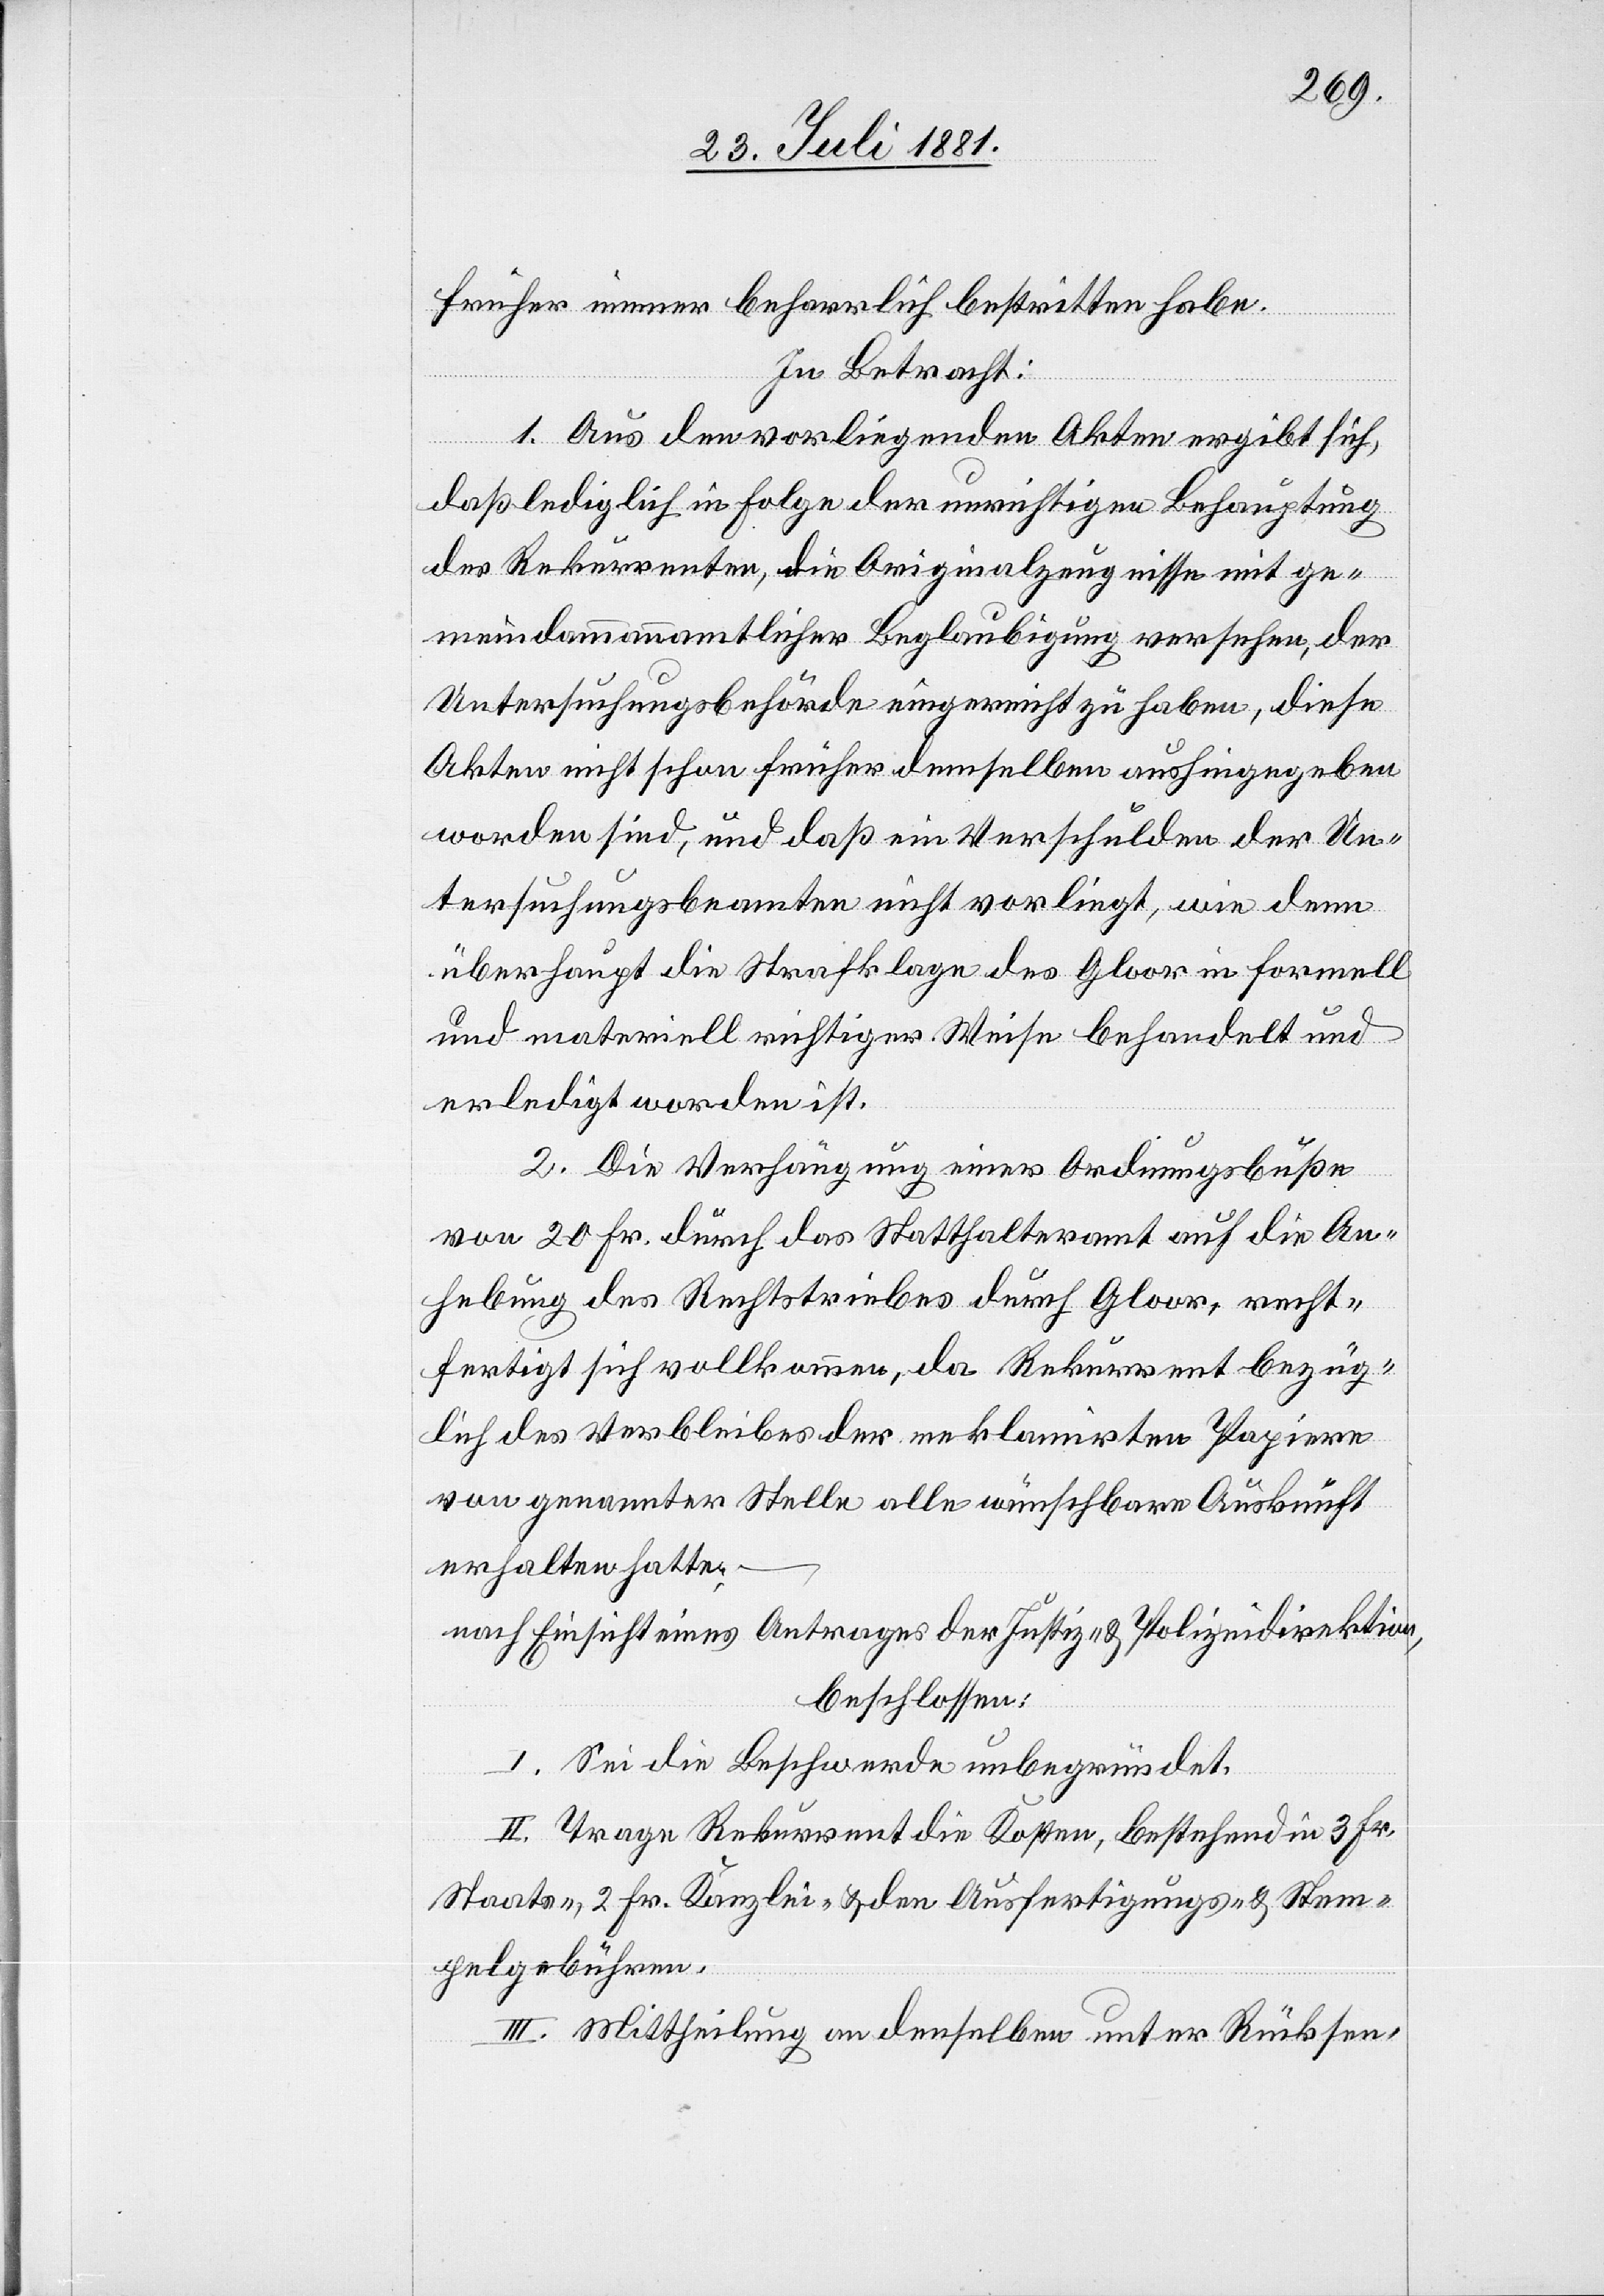
früher immer beharrlich bestritten habe.
In Betracht:
1. Aus den vorliegenden Akten ergibt sich,
daß lediglich in Folge der unrichtigen Behauptungen
des Rekurrenten, die Originalzeugnisse mit ge¬
meindammannamtlicher Beglaubigung versehen, der
Untersuchungsbehörde eingereicht zu haben, diese
Akten nicht schon früher demselben aushingegeben
worden sind, und daß ein Verschulden der Un¬
tersuchungsbeamten nicht vorliegt, wie denn
überhaupt die Strafklage des Gloor in formell
und materiell richtiger Weise behandelt und
erledigt worden ist.
2. Die Verhängung einer Ordnungsbuße
von 20 Fr. durch das Statthalteramt auf die An¬
hebung des Rechtstriebes durch Gloor, recht¬
fertigt sich vollkommen, da Rekurrent bezüg¬
lich des Verbleibens der reklamirten Papiere
von genannter Stelle alle wünschbare Auskunft
erhalten hatte;
nach Einsicht eines Antrages der Justiz- & Polizeidirektion,
beschlossen:
I. Sei die Beschwerde unbegründet.
II. Trage Rekurrent die Kosten, bestehend in 3 Fr.
Staats-, 2 Fr. Kanzlei- & den Ausfertigungs- & Stem¬
pelgebühren.
III. Mittheilung an denselben unter Rücksen-